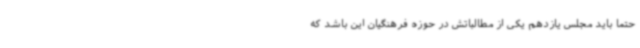
حتماً باید مجلس یازدهم یکی از مطالباتش در حوزه فرهنگیان این باشد که